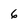
Character: 6